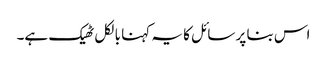
اس بنا پر سائل کا یہ کہنا بالکل ٹھیک ہے۔